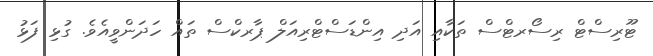
ޓޫރިސްޓް ރިސޯރޓްސް ތަކާއި އަދި އިންޑަސްޓްރިއަލް ޕާރކްސް ތައް ހަދަންވީއެވެ. ގުޅި ފަޅު